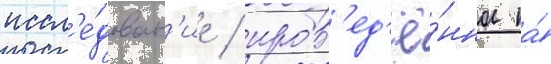
иссл'е́дован'ие / пров'ед'ё́нное на́